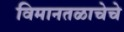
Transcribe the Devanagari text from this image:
विमानतळाचेचे